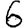
Digit: 6